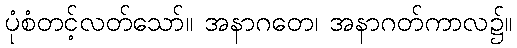
ပုံစံတင့်လတ်သော်။ အနာဂတေ၊ အနာဂတ်ကာလ၌။